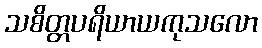
သစိတ္တပရိယာယကုသလော